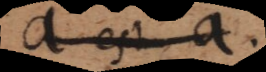
a est b.